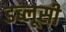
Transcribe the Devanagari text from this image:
डब्लूसी